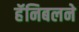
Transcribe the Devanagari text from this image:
हॅनिबलने